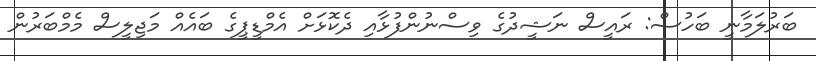
ބަރުލަމާނީ ބަހުސް: ރައީސް ނަޝީދުގެ ވިސްނުންފުޅާއި ދެކޮޅަށް އެމްޑީޕީގެ ބައެއް މަޖިލީސް މެމްބަރުން